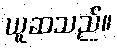
ယူဆသည်။